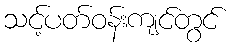
သင့်ပတ်ဝန်းကျင်တွင်